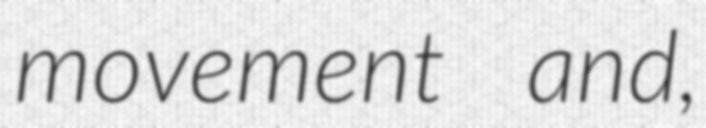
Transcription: movement  and,